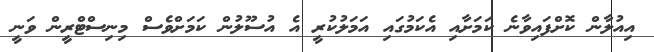
އިއުލާން ކޮށްފައިވާނެ ކަމަށާއި އެކަމުގައި އަމަލުކުރީ އެ އުސޫލުން ކަމަށްވެސް މިނިސްޓްރީން ވަނީ